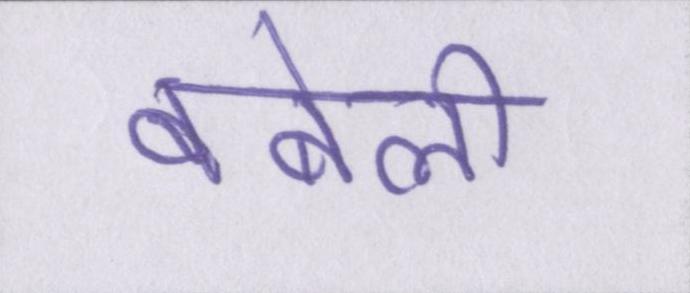
बबेली